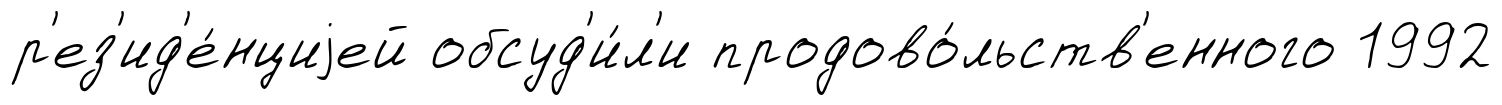
р'ез'ид'е́нциjей обсуд'и́л'и продово́льств'енного 1992